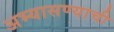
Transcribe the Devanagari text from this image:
अभ्यासण्याची